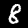
Label: 8